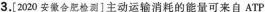
3.[2020安徽合肥检测]主动运输消耗的能量可来自ATP